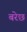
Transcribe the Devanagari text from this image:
बरेछ